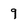
Character: 9